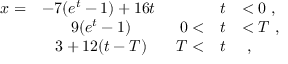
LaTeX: \begin{array} { r c r c l } { { x = } } & { { - 7 ( e ^ { t } - 1 ) + 1 6 t \mathrm { ~ } } } & { { } } & { { t } } & { { < 0 \ , } } \\ { { } } & { { 9 ( e ^ { t } - 1 ) } } & { { 0 < } } & { { t } } & { { < T \ , } } \\ { { } } & { { 3 + 1 2 ( t - T ) } } & { { T < } } & { { t } } & { { \ , } } \end{array}